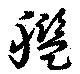
艦